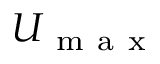
U _ { \mathrm { ~ m ~ a ~ x ~ } }